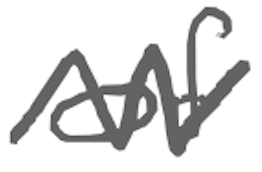
Text: of
Cross-out: zig-zag
Writing tool: digital_gray